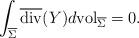
LaTeX: \begin{align*}\int_{\overline{\Sigma}}\overline{\mathrm{div}}(Y)d\mathrm{vol}_{\overline{\Sigma}}=0.\end{align*}